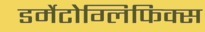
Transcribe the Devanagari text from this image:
डर्मेटोग्लिफिक्स